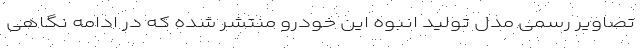
تصاویر رسمی مدل تولید انبوه این خودرو منتشر شده که در ادامه نگاهی